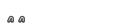
٣٧